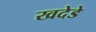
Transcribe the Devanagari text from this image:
खदेडे